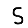
Digit: 5